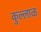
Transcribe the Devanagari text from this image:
कुल्लाळ